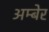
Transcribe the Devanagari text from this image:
अम्बेर